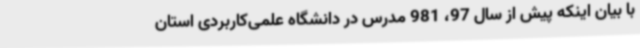
با بیان اینکه پیش از سال 97، 981 مدرس در دانشگاه علمی‌کاربردی استان